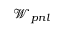
\mathcal { W } _ { p n l }